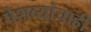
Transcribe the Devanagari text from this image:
पेशव्यांचाही